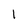
Character: 1